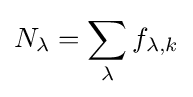
N_{\lambda }=\sum \limits _{\lambda }{f_{\lambda ,k}}